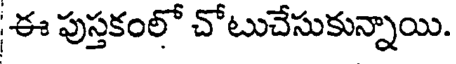
ఈ పుస్తకంలో చోటుచేసుకున్నాయి.